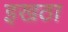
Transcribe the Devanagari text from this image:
इखठा